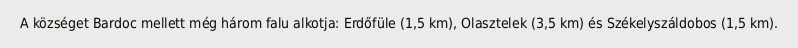
A községet Bardoc mellett még három falu alkotja: Erdőfüle (1,5 km), Olasztelek (3,5 km) és Székelyszáldobos (1,5 km).